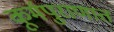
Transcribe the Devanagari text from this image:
कूर्मपुराणात